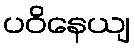
ပဝိနေယျ